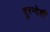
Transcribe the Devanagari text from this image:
दूरन्देशी